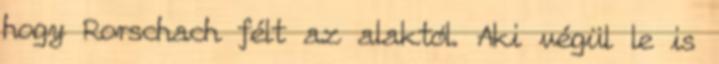
hogy Rorschach félt az alaktól. Aki végül le is